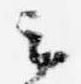
云